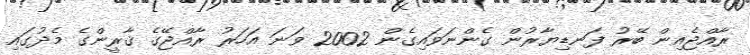
ރާއްޖެއިން ބޭރު ފަނޑިޔާރުން ގެންނަވައިގެން 2002 ވަނަ އަހަރު ރާއްޖޭގެ ޤާރީންގެ މެދުގައި